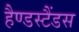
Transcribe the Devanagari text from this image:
हैण्डस्टैंडस